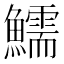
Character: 鱬